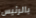
بالرئيس